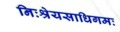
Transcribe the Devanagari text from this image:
निःश्रेयसाधिगमः